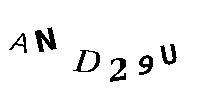
AND29U